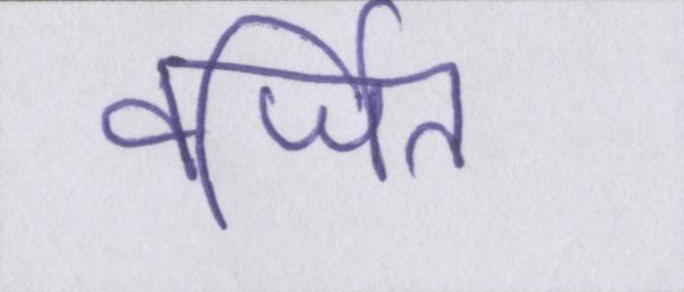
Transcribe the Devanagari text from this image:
वर्जित